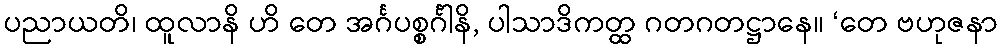
ပညာယတိ၊ ထူလာနိ ဟိ တေ အင်္ဂပစ္စင်္ဂါနိ, ပါသာဒိကတ္ထ ဂတဂတဋ္ဌာနေ။ ‘တေ ဗဟုဇနာ